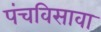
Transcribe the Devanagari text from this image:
पंचविसावा